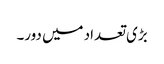
بڑی تعداد میں دور۔